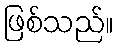
ဖြစ်သည်။